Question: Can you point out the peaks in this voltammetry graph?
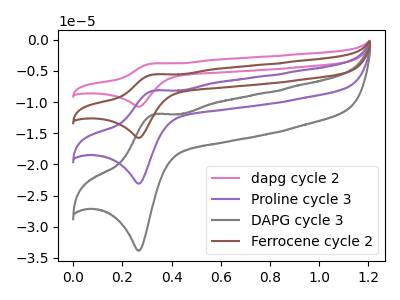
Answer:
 <answer>The pink curve "dapg cycle 2" has an anodic peak at (0.35V, -24.50uA) and a cathodic peak at (0.25V, -69.25uA). The purple curve "Proline cycle 3" has an anodic peak at (0.35V, -8.15uA) and a cathodic peak at (0.25V, -23.10uA). The gray curve "DAPG cycle 3" has an anodic peak at (0.35V, -12.00uA) and a cathodic peak at (0.25V, -33.85uA). The brown curve "Ferrocene cycle 2" has an anodic peak at (0.35V, -16.35uA) and a cathodic peak at (0.25V, -46.20uA).</answer>
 <eval></eval>